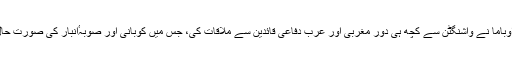
منگل کے روز، صدر براک اوباما نے واشنگٹن سے کچھ ہی دور مغربی اور عرب دفاعی قائدین سے ملاقات کی، جس میں کوبانی اور صوبہٴانبار کی صورت حال پر تشویش کا اظہار کیا گیا۔